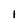
Character: 1